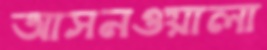
আসনওয়ালা